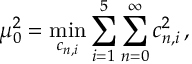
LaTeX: \mu _ { 0 } ^ { 2 } = \operatorname * { m i n } _ { c _ { n , i } } \sum _ { i = 1 } ^ { 5 } \sum _ { n = 0 } ^ { \infty } c _ { n , i } ^ { 2 } \, ,